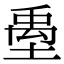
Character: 㙑